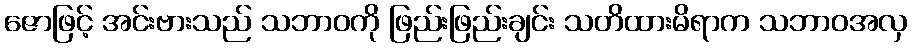
ဇောဖြင့် အင်းဗားသည် သဘာဝကို ဖြည်းဖြည်းချင်း သတိထားမိရာက သဘာဝအလှ